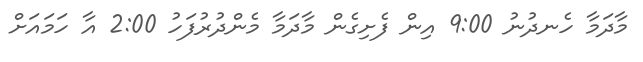
މާދަމާ ހެނދުނު 9:00 އިން ފެށިގެން މާދަމާ މެންދުރުފަހު 2:00 އާ ހަމައަށް